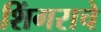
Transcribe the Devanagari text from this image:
शिंगराचे